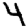
Digit: 4